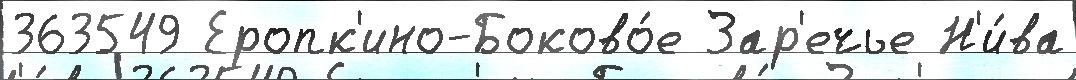
363549 Еропк'ино-Боково́е Зар'ечье Н'и́ва